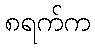
၈ရက်က